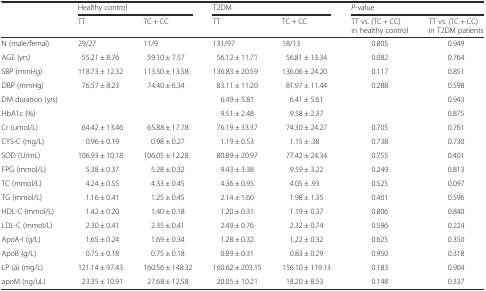
<table><thead><tr><td rowspan="2"></td><td colspan="2"><b>Healthy control</b></td><td colspan="2"><b>T2DM</b></td><td colspan="2"><b><i>P</i>-value</b></td></tr><tr><td><b>TT</b></td><td><b>TC + CC</b></td><td><b>TT</b></td><td><b>TC + CC</b></td><td><b>TT vs. (TC + CC) in healthy control</b></td><td><b>TT vs. (TC + CC) in T2DM patients</b></td></tr></thead><tbody><tr><td>N (male/femal)</td><td>29/27</td><td>11/9</td><td>131/97</td><td>18/13</td><td>0.805</td><td>0.949</td></tr><tr><td>AGE (yrs)</td><td>55.21 ± 8.76</td><td>59.10 ± 7.57</td><td>56.12 ± 11.71</td><td>56.81 ± 13.34</td><td>0.082</td><td>0.764</td></tr><tr><td>SBP (mmHg)</td><td>118.73 ± 12.32</td><td>113.50 ± 13.58</td><td>136.83 ± 20.59</td><td>136.06 ± 24.20</td><td>0.117</td><td>0.851</td></tr><tr><td>DBP (mmHg)</td><td>76.57 ± 8.23</td><td>74.40 ± 6.34</td><td>83.11 ± 11.20</td><td>81.97 ± 11.44</td><td>0.288</td><td>0.598</td></tr><tr><td>DM duration (yrs)</td><td></td><td></td><td>6.49 ± 5.81</td><td>6.41 ± 5.61</td><td></td><td>0.943</td></tr><tr><td>HbA1c (%)</td><td></td><td></td><td>9.51 ± 2.48</td><td>9.58 ± 2.37</td><td></td><td>0.875</td></tr><tr><td>Cr (umol/L)</td><td>64.42 ± 13.46</td><td>65.88 ± 17.78</td><td>76.19 ± 33.37</td><td>74.30 ± 24.27</td><td>0.705</td><td>0.761</td></tr><tr><td>CYS-C (mg/L)</td><td>0.96 ± 0.19</td><td>0.98 ± 0.27</td><td>1.19 ± 0.53</td><td>1.15 ± .38</td><td>0.738</td><td>0.730</td></tr><tr><td>SOD (U/mL)</td><td>106.93 ± 10.18</td><td>106.05 ± 12.28</td><td>80.89 ± 20.97</td><td>77.42 ± 24.34</td><td>0.755</td><td>0.401</td></tr><tr><td>FPG (mmol/L)</td><td>5.38 ± 0.37</td><td>5.28 ± 0.32</td><td>9.43 ± 3.38</td><td>9.59 ± 3.22</td><td>0.249</td><td>0.813</td></tr><tr><td>TC (mmol/L)</td><td>4.24 ± 0.55</td><td>4.33 ± 0.45</td><td>4.36 ± 0.95</td><td>4.05 ± .93</td><td>0.525</td><td>0.097</td></tr><tr><td>TG (mmol/L)</td><td>1.16 ± 0.41</td><td>1.25 ± 0.45</td><td>2.14 ± 1.60</td><td>1.98 ± 1.35</td><td>0.401</td><td>0.596</td></tr><tr><td>HDL-C (mmol/L)</td><td>1.42 ± 0.20</td><td>1.40 ± 0.18</td><td>1.20 ± 0.31</td><td>1.19 ± 0.37</td><td>0.806</td><td>0.840</td></tr><tr><td>LDL-C (mmol/L)</td><td>2.30 ± 0.41</td><td>2.35 ± 0.41</td><td>2.49 ± 0.76</td><td>2.32 ± 0.74</td><td>0.596</td><td>0.224</td></tr><tr><td>ApoA-I (g/L)</td><td>1.65 ± 0.24</td><td>1.69 ± 0.34</td><td>1.28 ± 0.32</td><td>1.22 ± 0.32</td><td>0.625</td><td>0.350</td></tr><tr><td>ApoB (g/L)</td><td>0.75 ± 0.18</td><td>0.75 ± 0.18</td><td>0.89 ± 0.31</td><td>0.83 ± 0.29</td><td>0.950</td><td>0.318</td></tr><tr><td>LP (a) (mg/L)</td><td>121.14 ± 97.43</td><td>160.56 ± 148.32</td><td>160.62 ± 203.15</td><td>156.10 ± 119.13</td><td>0.183</td><td>0.904</td></tr><tr><td>apoM (ng/uL)</td><td>23.35 ± 10.91</td><td>27.68 ± 12.58</td><td>20.05 ± 10.21</td><td>18.20 ± 8.53</td><td>0.148</td><td>0.337</td></tr></tbody></table>